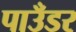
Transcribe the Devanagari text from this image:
पाउँडर